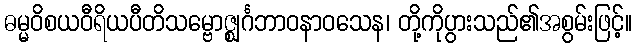
ဓမ္မဝိစယဝီရိယပီတိသမ္ဗောဇ္ဈင်္ဂဘာဝနာဝသေန၊ တို့ကိုပွားသည်၏အစွမ်းဖြင့်။